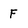
Character: F